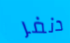
دنفر